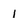
Character: 1